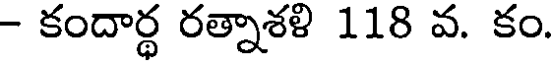
- కందార్థ రత్నాశళి 118 వ. కం.